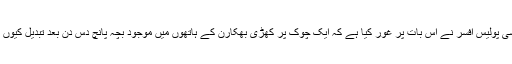
کیا کبھی کسی پولیس افسر نے اس بات پر غور کیا ہے کہ ایک چوک پر کھڑی بھکارن کے ہاتھوں میں موجود بچہ پانچ دس دن بعد تبدیل کیوں ہو جاتا ہے؟